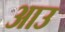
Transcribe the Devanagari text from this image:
आउ